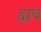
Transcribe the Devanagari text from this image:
ह्मष